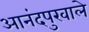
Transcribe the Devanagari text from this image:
आनंदपुरवाले